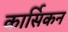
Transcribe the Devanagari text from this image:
कार्सिकन